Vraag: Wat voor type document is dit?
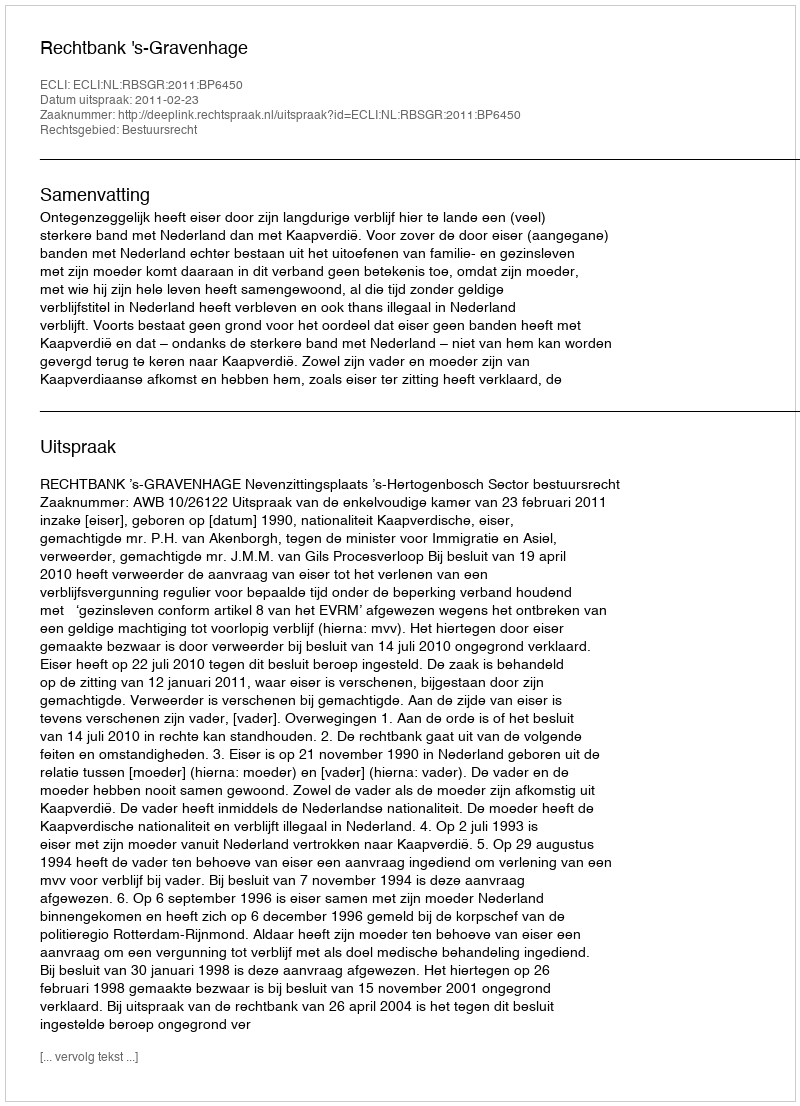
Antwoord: Uitspraak